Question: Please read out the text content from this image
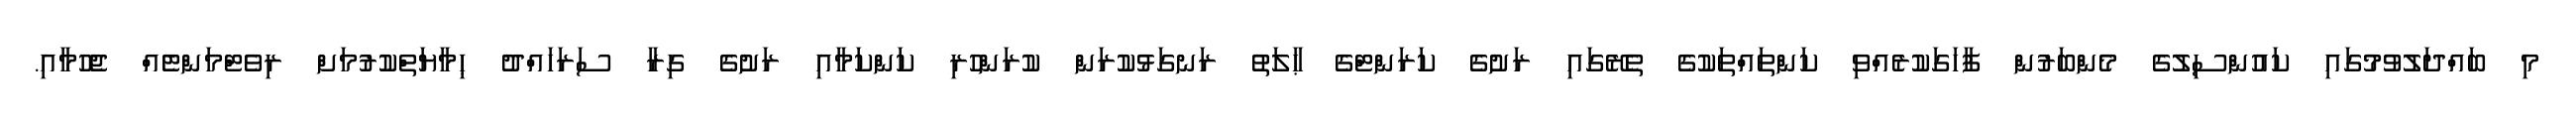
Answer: މި ބައްދަލުވުމުގައި ކައުންސިލުގެ މެންބަރުން ފާހަގަކުރެއްވި ކަންތައްތަކުގެ ތެރޭގައި ރަށުގެ ކަރަންޓްގެ ޙާލަތު ރަނގަޅުކުރަން ކުރަންހުރި ކަންކަމާއި ރަށުގެ ގިރާ ސަރަހައްދު ޙިމާޔަތްކުރުމަށް ރިވެޓްމަންޓެއް ޖެހުމާއި.